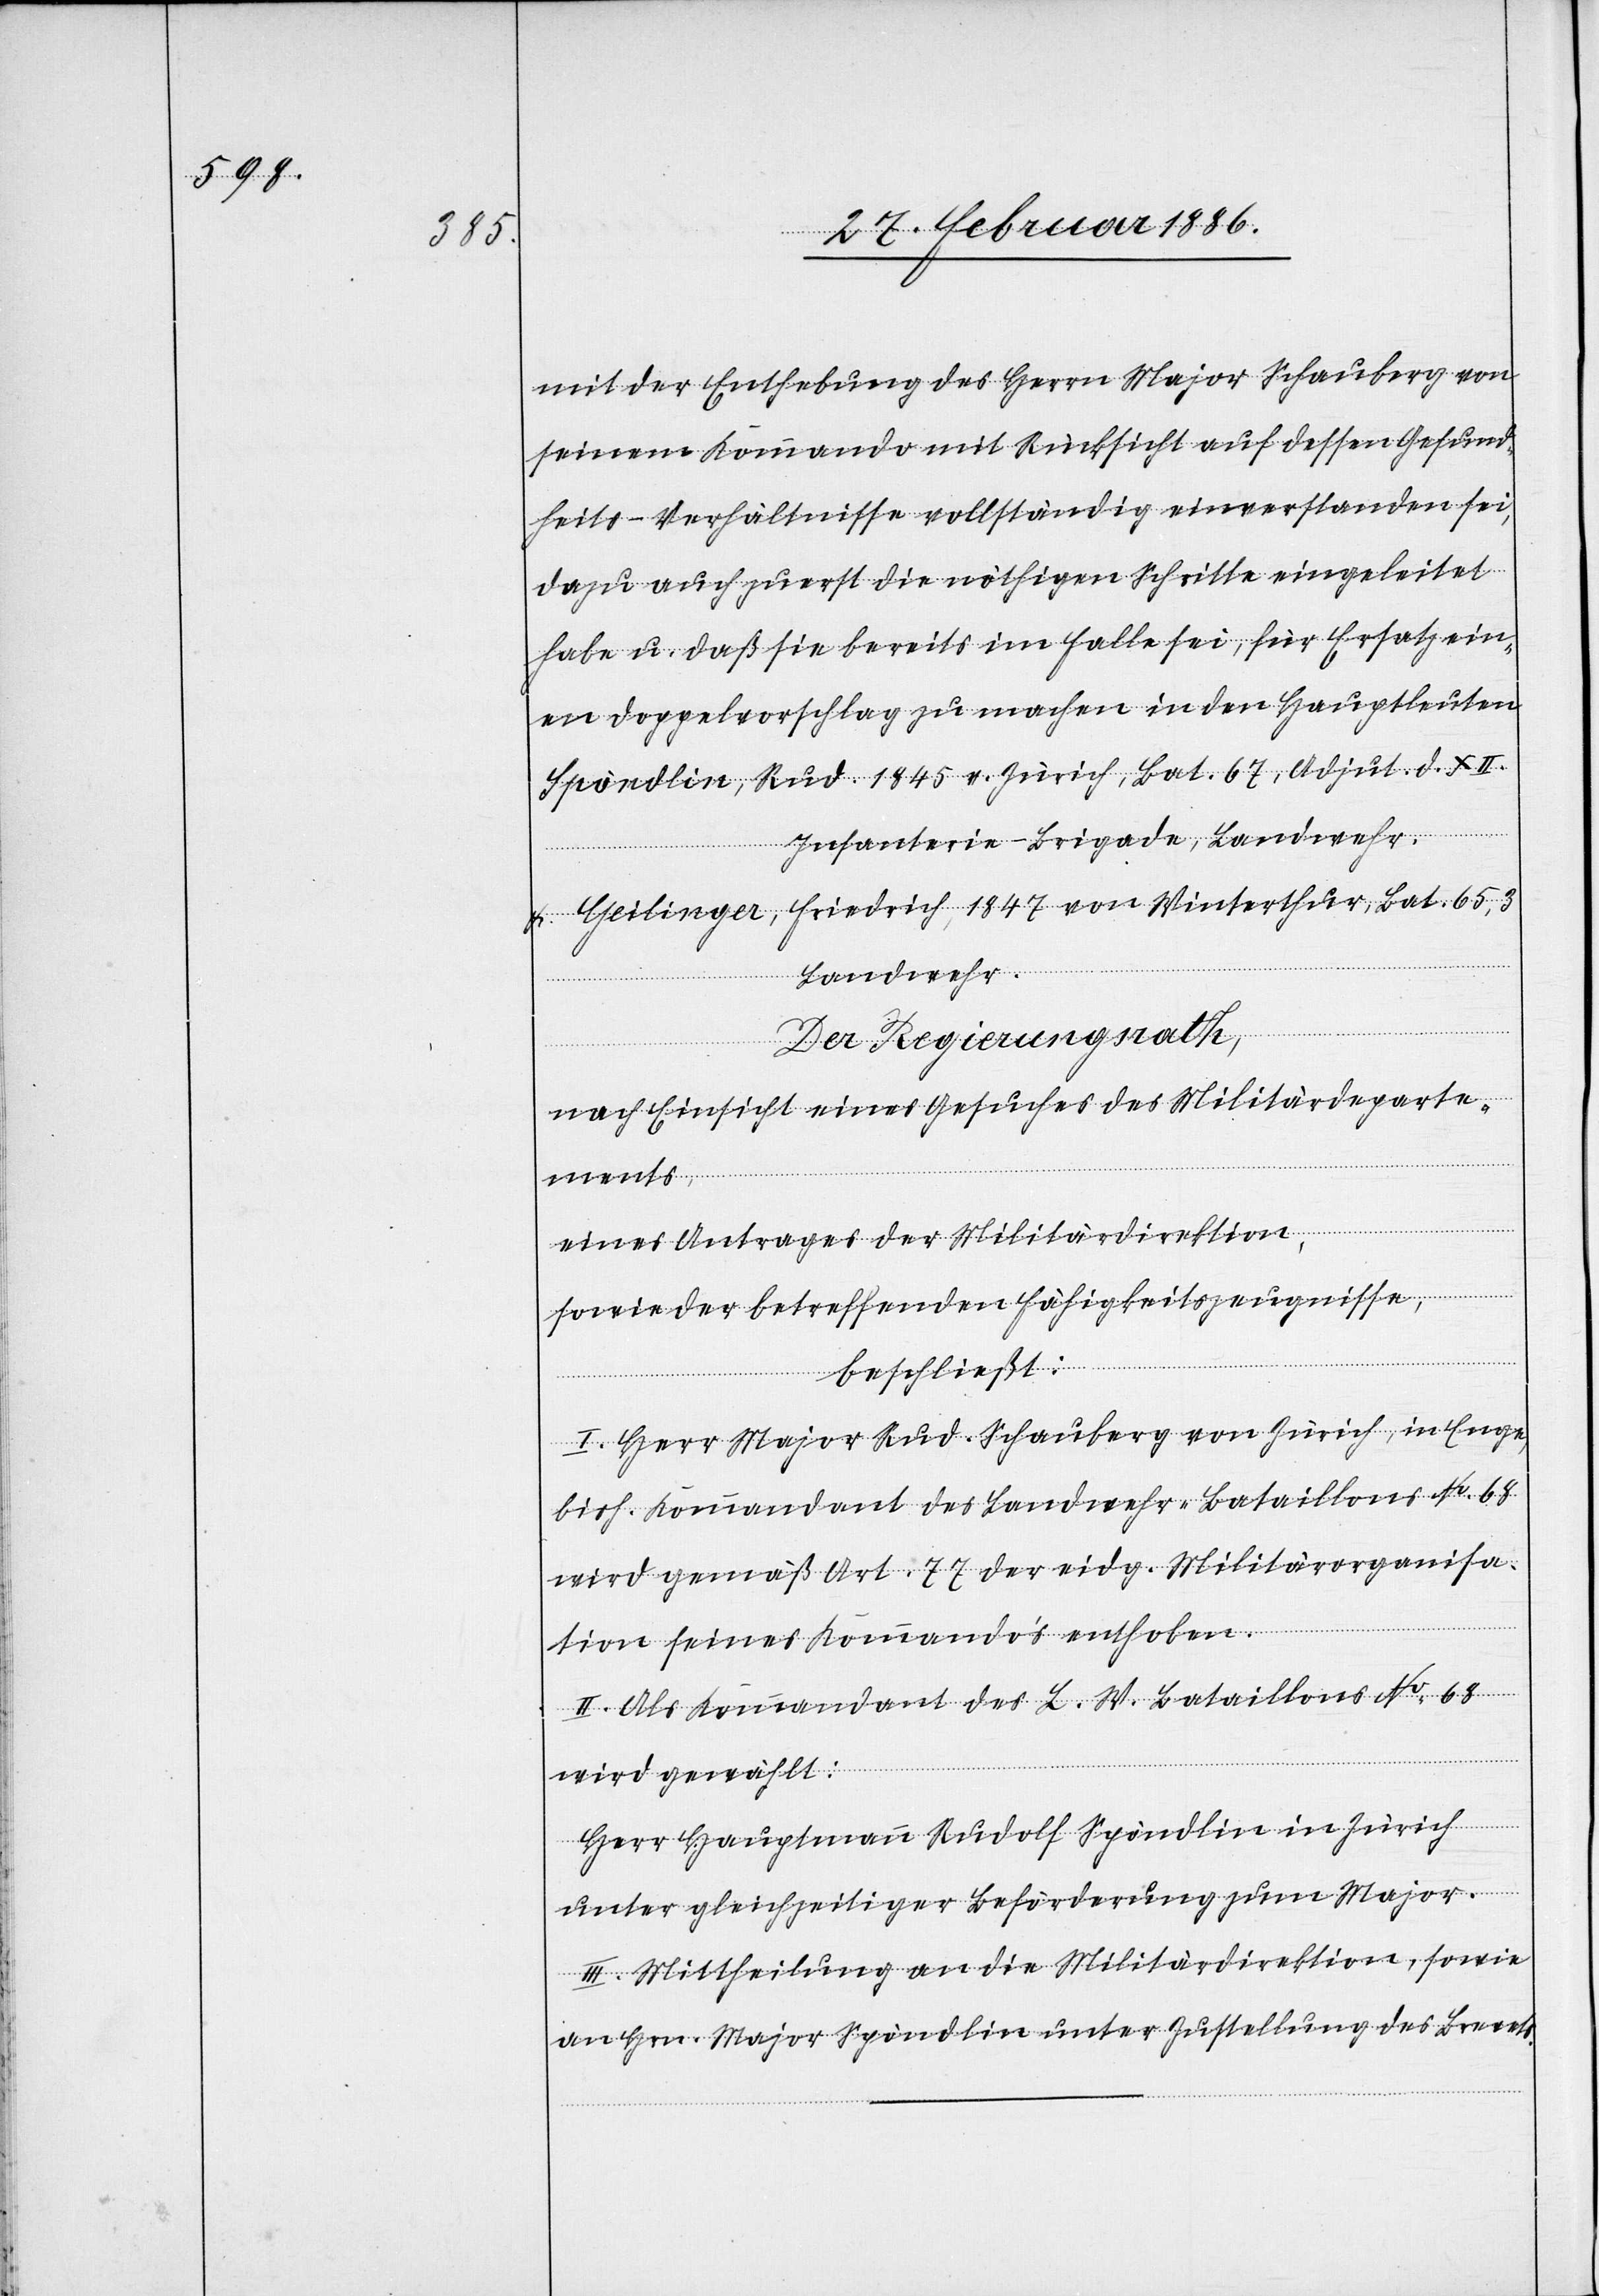
mit der Enthebung des Herrn Major Schauberg von
seinem Kommando mit Rücksicht auf dessen Gesund¬
heits-Verhältnisse vollständig einverstanden sei,
dazu auch zuerst die nöthigen Schritte eingeleitet
habe u. daß sie bereits im Falle sei, für Ersatz ein¬
en Doppelvorschlag zu machen in den Hauptleuten
Spöndlin, Rud. 1845 v. Zürich, Bat. 67, Adjunt. d. XII.
Infanterie-Brigade, Landwehr.
L. Geilinger, Friedrich, 1847 von Winterthur, Bat. 65,3
Landwehr.
Der Regierungsrath,
nach Einsicht eines Gesuches des Militärdeparte¬
ments,
eines Antrages der Militärdirektion,
sowie der betreffenden Fähigkeitszeugnisse,
beschließt:
I. Herr Major Rud. Schauberg von Zürich, in Enge,
bish. Kommandant des Landwehr- Bataillons No. 68
wird gemäß Art. 77 der eidg. Militärorganisa¬
tion seines Kommando’s enthoben.
II. Als Kommandant des L. W. Bataillons No. 63
wird gewählt:
Herr Hauptmann Rudolf Spöndlin in Zürich
unter gleichzeitiger Beförderung zum Major.
III. Mittheilung an die Militärdirektion, sowie
an Hrn. Major Spöndlin unter Zustellung des Brevets.